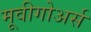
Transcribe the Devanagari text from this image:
मूवीगोअर्स